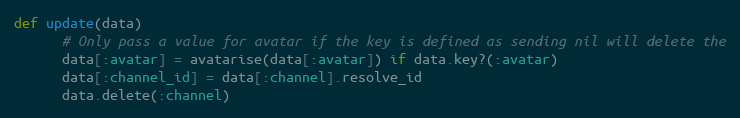
Language: Ruby
def update(data)
      # Only pass a value for avatar if the key is defined as sending nil will delete the
      data[:avatar] = avatarise(data[:avatar]) if data.key?(:avatar)
      data[:channel_id] = data[:channel].resolve_id
      data.delete(:channel)